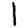
Digit: 1